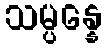
သမ္ပန္နေ